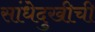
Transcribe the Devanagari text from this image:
सांधेदुखीची